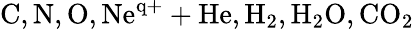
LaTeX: \mathrm{C,N,O,Ne^{q+}+He,H_{2},H_{2}O,CO_{2}}